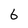
Character: 6